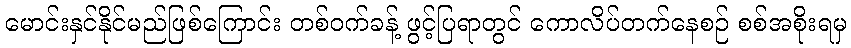
မောင်းနှင်နိုင်မည်ဖြစ်ကြောင်း တစ်ဝက်ခန့် ဖွင့်ပြရာတွင် ကောလိပ်တက်နေစဉ် စစ်အစိုးရမှ